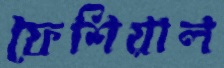
ফেশিয়াল